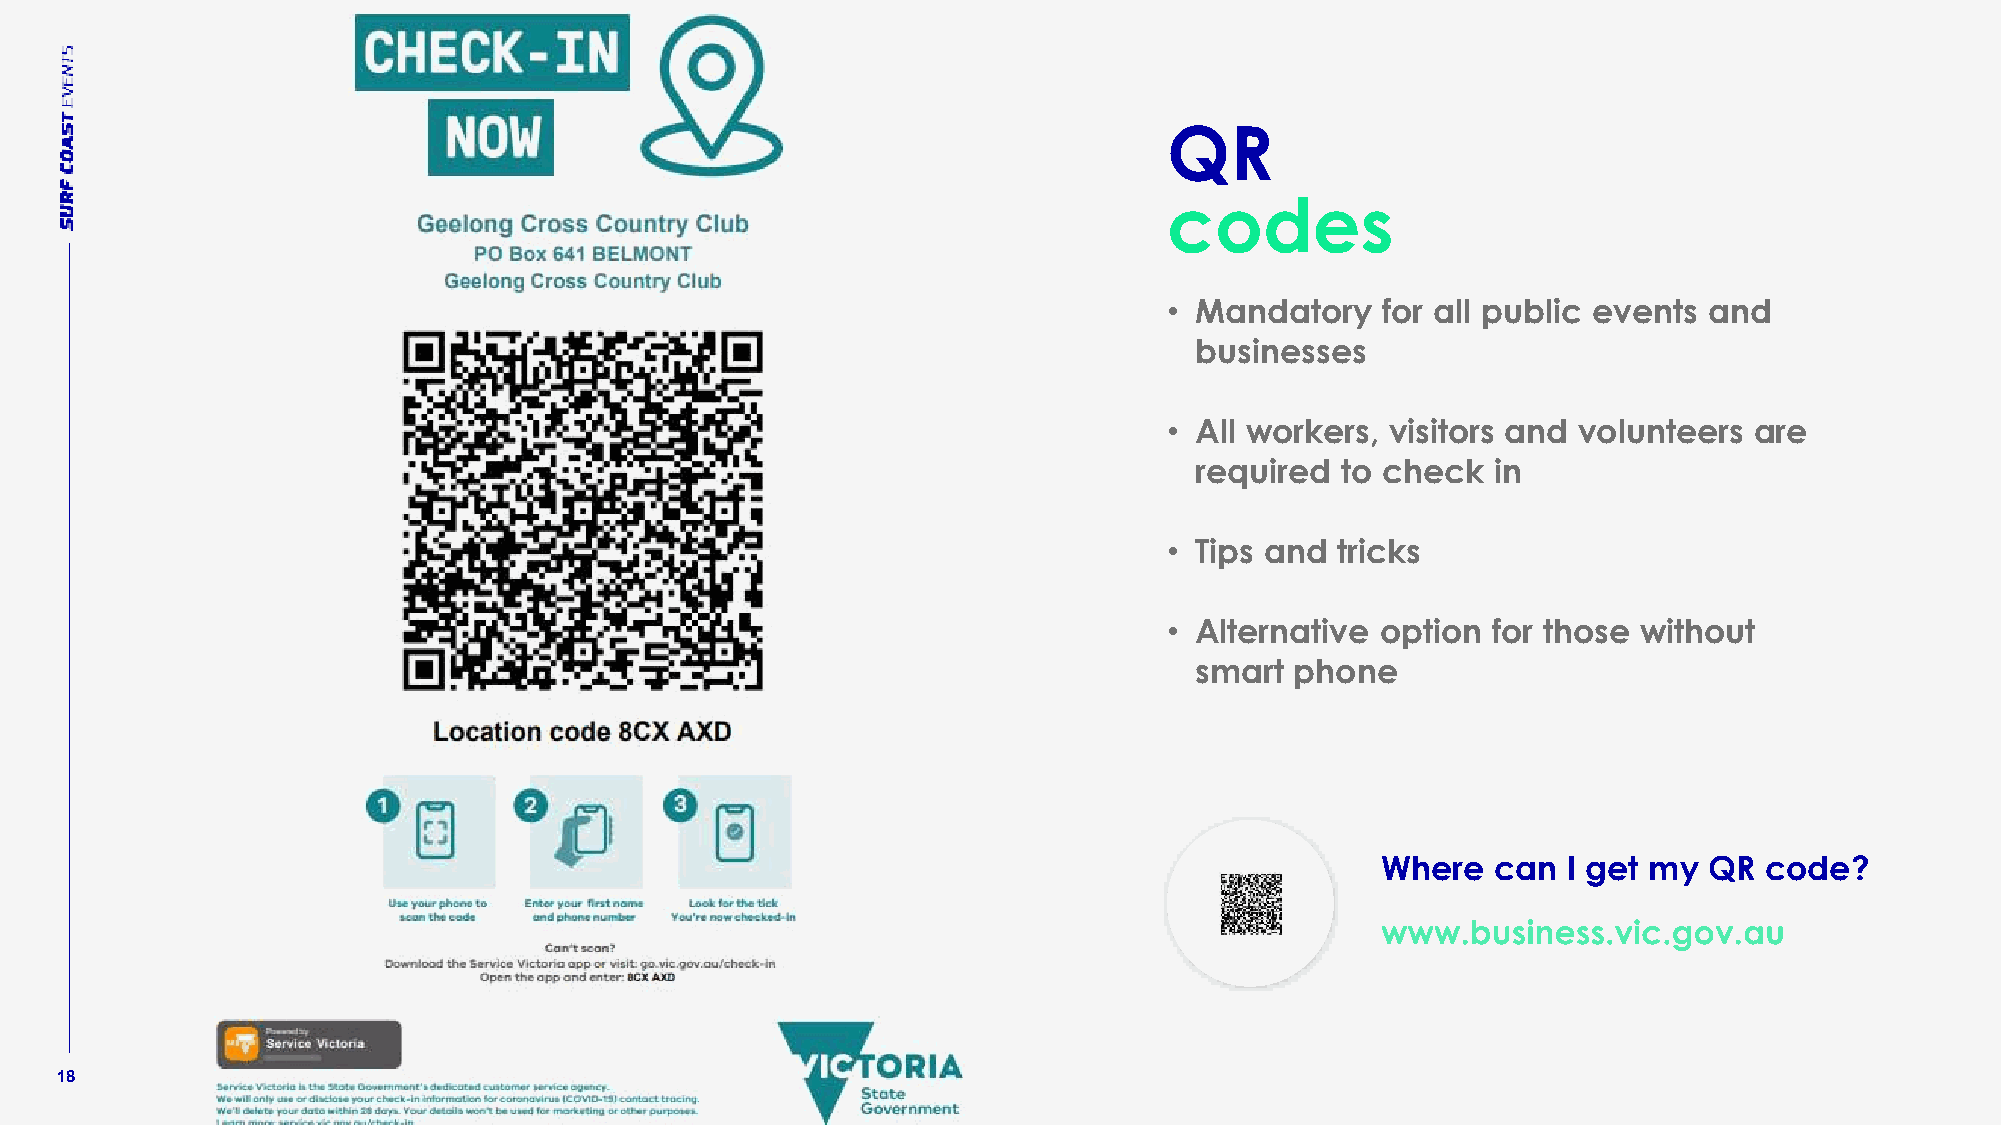
QR
 codes
 • Mandatory   for all public events and
 businesses
 • All workers, visitors and volunteers are
 required  to check  in
 • Tips and tricks
 • Alternative option  for those without
 smart  phone
 Where   can  I get my QR  code?
 18